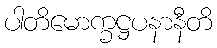
ပါတိမောက္ခဋ္ဌပနာနီတိ